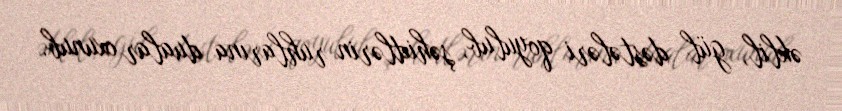
əklil, gül dəstələri qoyulub, şəhidlərin ruhlarına dualar oxunub.